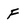
Character: F